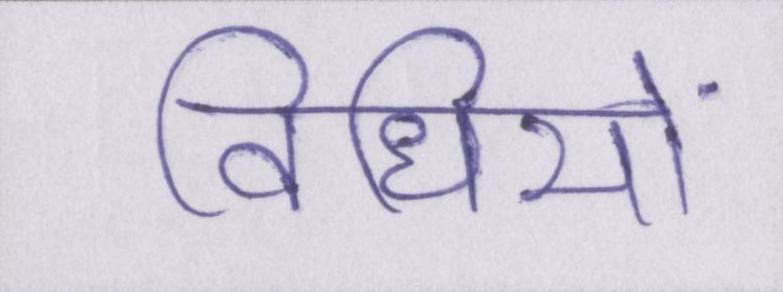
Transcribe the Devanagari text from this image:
विधियों